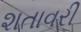
શતાવરી